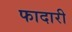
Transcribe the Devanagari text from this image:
फादारी